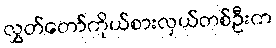
လွှတ်တော်ကိုယ်စားလှယ်တစ်ဦးက